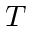
T